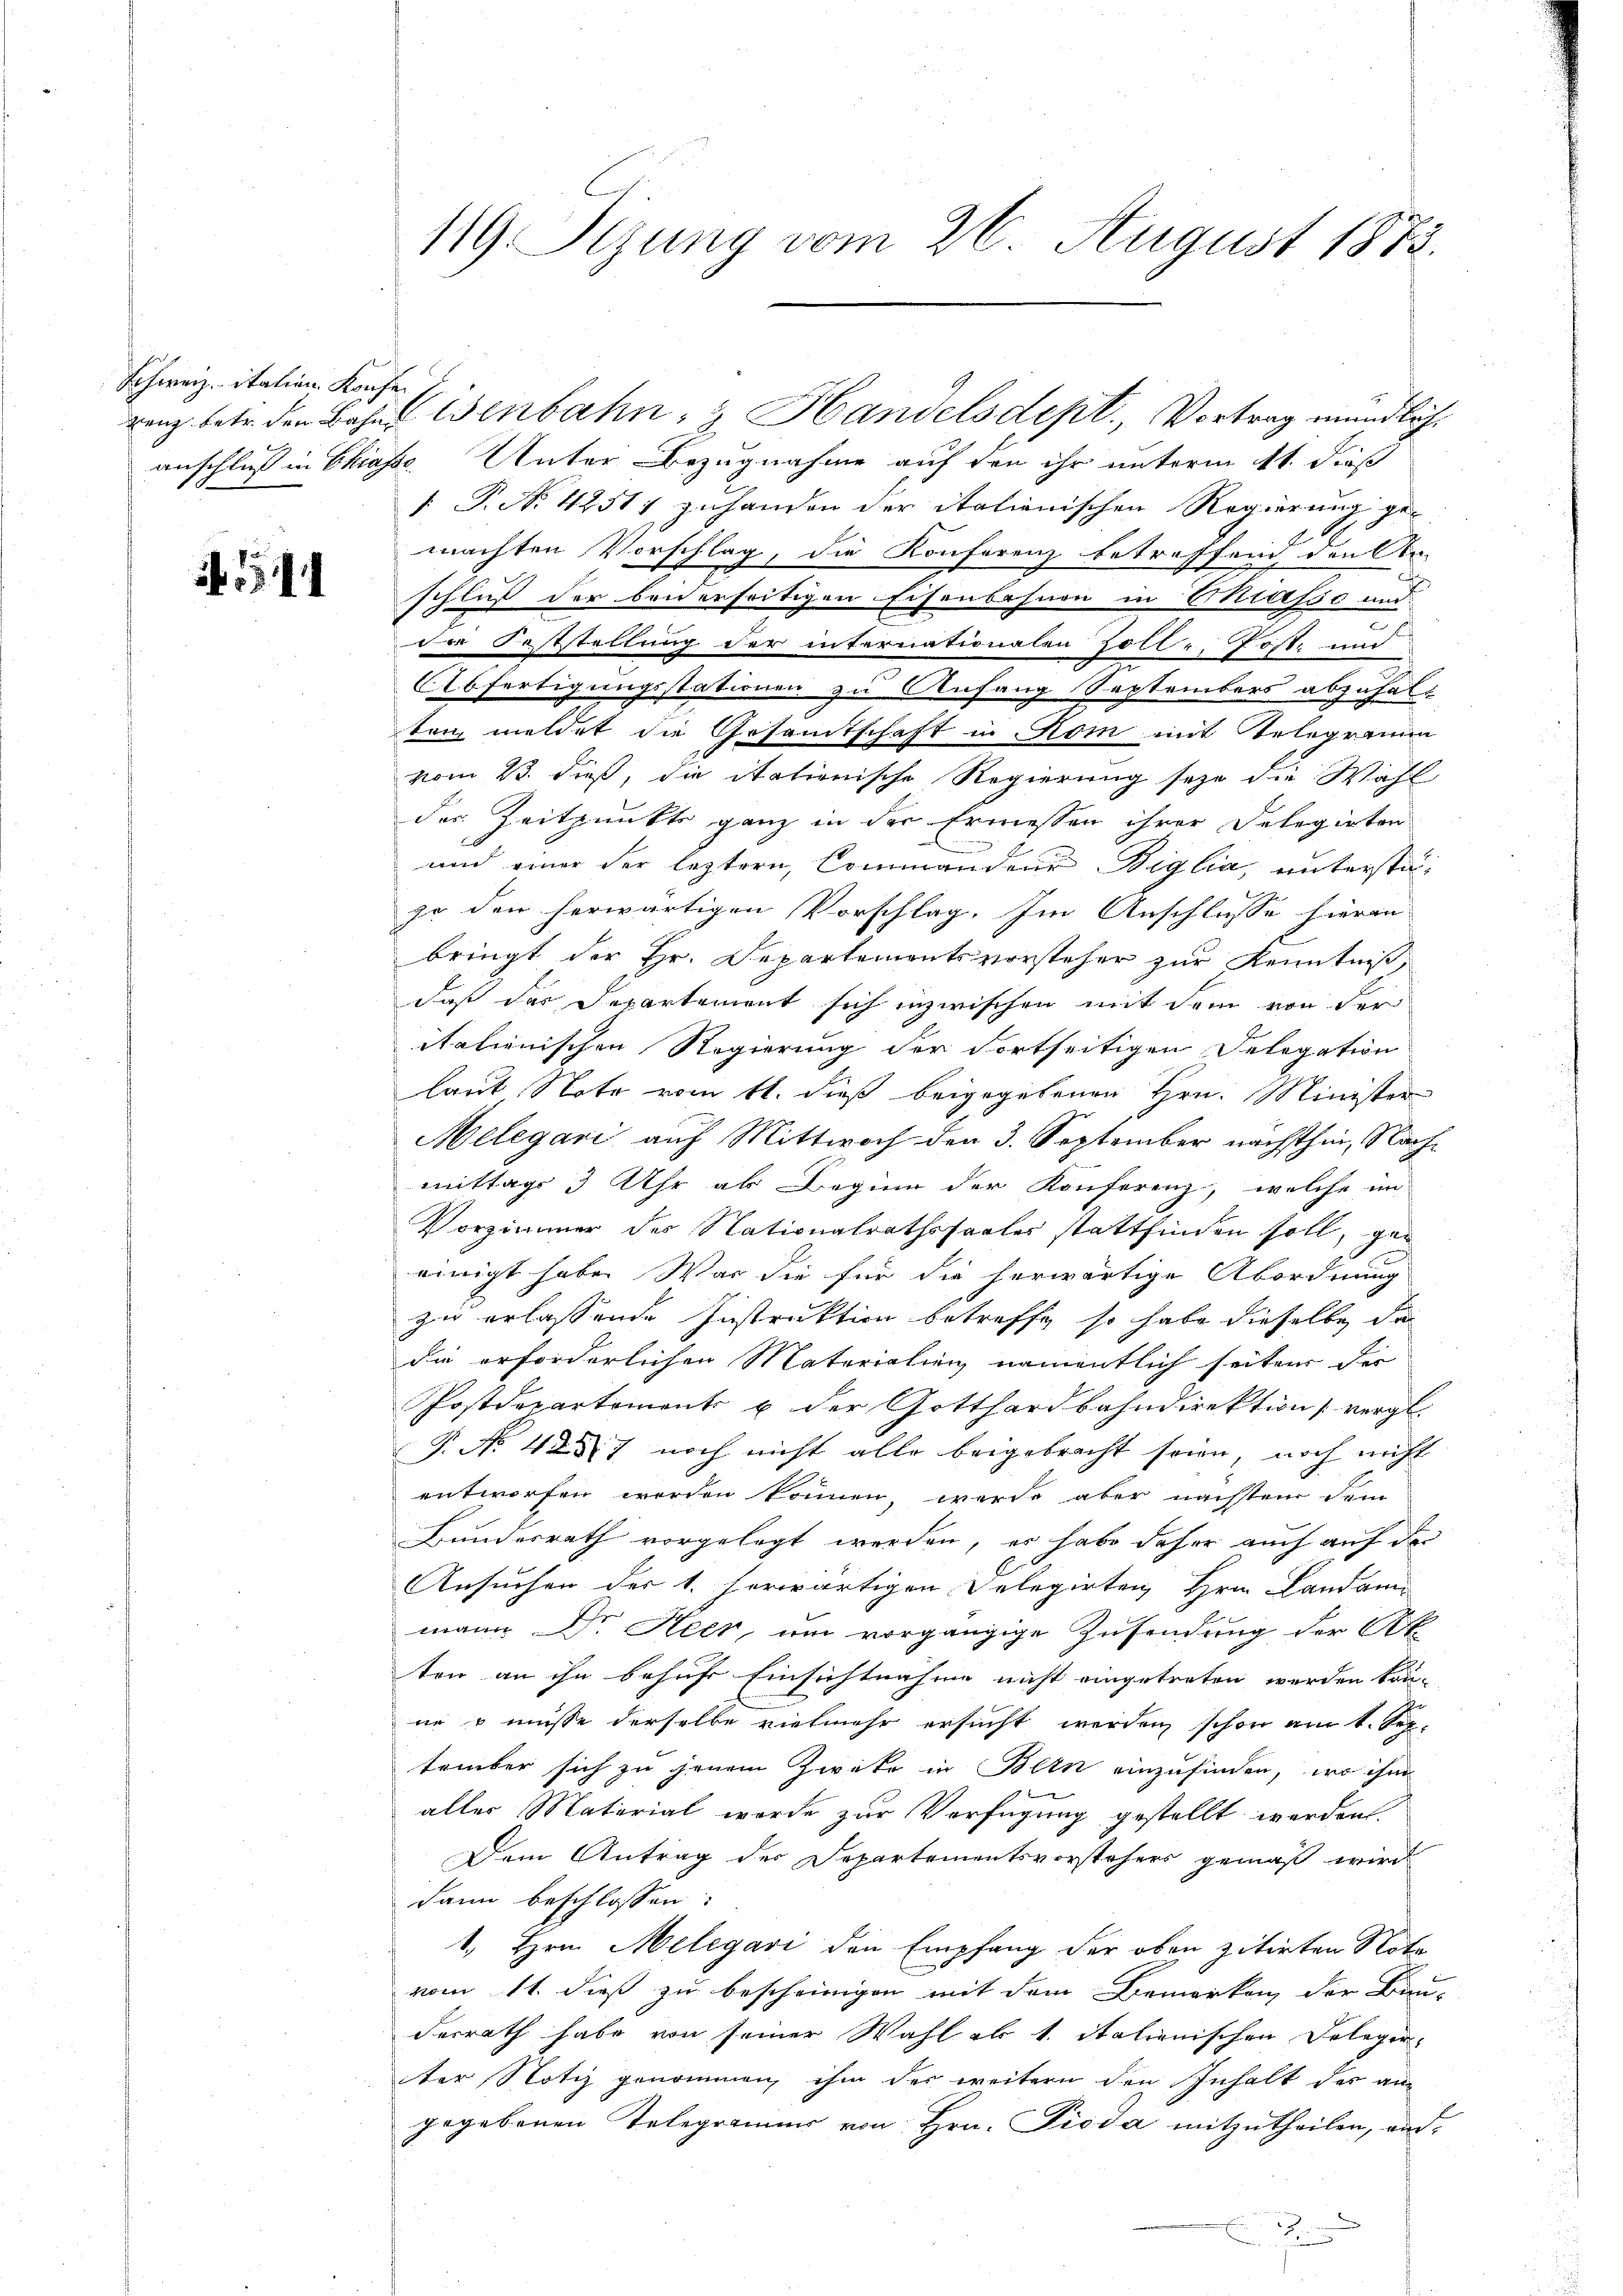
Schweiz. Italien Konfe

1

anschluß in Chiasse. Unter Bezugnahme auf den ihr unterm 11. dieß
[ P. Nr. 4251 zuhanden der italienischen Regierung ge-
machten Vorschlag, die Konferenz betreffend den An-
schluß der beiderseitigen Eisenbahnen in Masse und:
de Feststellung der internationalen Zolle. Poste und
Abfertigungsstationen zu Anfang Septembers abzuhalt
teig meldet die Gesamtschaft in Rom mit Telegramm
vom 23. dieß, die itationische Regierung seye die Wahl
der Zeitpunkte ganz in der Ermessen ihrer Delegirten
und einer der leztern, Commandene Biglia, unterstazo den herwärtigen Vorschlag. Im Anschlüsse hieran
bringt der Hr. Departementsvorsteher zur Kenntniß,
daß das Departement sich inzwischen mit dem von der
italienischen Regierung der Fortseitigen Delegation
laut Note vom 11. dieß beigegebenen Hrn. Minister
Melegari auf Mittwoch den 3. September nächsthin, Nachmittags 3 Uhr als Beginn der Konferenz, welche im
Vorzimmer des Nationalrathssaales stattfinden soll, geeinigt habe. War die für die herwärtige Abordnung
zu erlassende Instruktion betreffe, so habe dieselbe da
die erforderlichen Materialien namentlich seiten der
Postdepartement u der Gotthardbahndirektion vergl.
P. No 4247 noch nicht alle beigebracht seien, noch nicht
entworfen worden können, werde aber nächsten dem
Bundesrath vorgelegt werden, es habe daher auch auf der
Ansuchen der 1. herwärtigen Delegirten Hrn. Landammann Dr. Heer, um vorgängige Zusendung der Ak
ten an ihn behufs Einsichtnahme nicht eingetreten werden kön-
ne u müsse derselbe vielmehr ersucht werden schon am 1. Sep.
tember sich zu jenem Zweke in Blin einzufinden, wo ihm
aller Material werde zur Verfügung gestellt werden.
Dem Antrag des Departementsvorstehers gemäß wird
Dann beschlossen:
1. Hrn. Melegavi den Empfang der oben zitirten Note
vom 11. dieß zu bescheinigen mit dem Bemerken der Bau-
derrath habe von seiner Wahl als 1. italienischen Belegerter Notiz genommen, ihm des weitern den Inhalt der angegebenen Telegrammer von Hrn. Pioda mitzutheilen, und
E

119 Sizung vom 26. August 1873.

renz betr. den Bahnstenbahn- & Handelsdept, Vortrag mündlich.